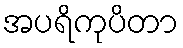
အပရိကုပိတာ